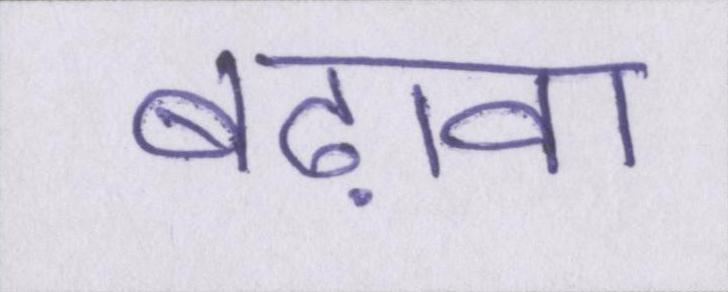
बढ़ावा